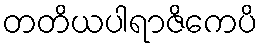
တတိယပါရာဇိကေပိ